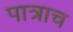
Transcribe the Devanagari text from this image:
पात्राच